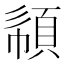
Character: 𩒧